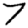
Digit: 7